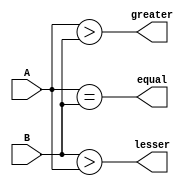
`timescale 1ns / 1ps
//////////////////////////////////////////////////////////////////////////////////
// Company: 
// Engineer: 
// 
// Design Name: 
// Module Name: comparator
// Project Name: 
// Target Devices: 
// Tool Versions: 
// Description: 
// 
// Dependencies: 
// 
// Revision:
// Revision 0.01 - File Created
// Additional Comments:
// 
//////////////////////////////////////////////////////////////////////////////////


module comparator(
    input [3:0] A,
    input [3:0] B ,
    output equal ,
    output  greater,
    output lesser
    );
    assign equal = A==B ;
    assign greater = A>B;
    assign lesser = B>A ; 
endmodule